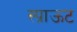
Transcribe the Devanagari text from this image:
स्प्राऊट